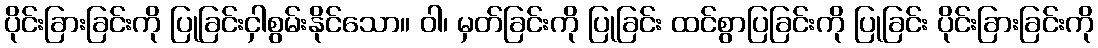
ပိုင်းခြားခြင်းကို ပြုခြင်းငှါစွမ်းနိုင်သော။ ဝါ၊ မှတ်ခြင်းကို ပြုခြင်း ထင်စွာပြခြင်းကို ပြုခြင်း ပိုင်းခြားခြင်းကို